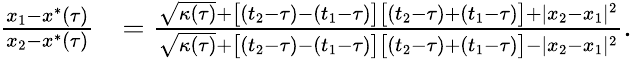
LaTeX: \begin{array}{rl}{\frac{x_{1}-x^{*}(\tau)}{x_{2}-x^{*}(\tau)}}&{=\frac{\sqrt{\kappa(\tau)}+\big[(t_{2}-\tau)-(t_{1}-\tau)\big]\big[(t_{2}-\tau)+(t_{1}-\tau)\big]+|x_{2}-x_{1}|^{2}}{\sqrt{\kappa(\tau)}+\big[(t_{2}-\tau)-(t_{1}-\tau)\big]\big[(t_{2}-\tau)+(t_{1}-\tau)\big]-|x_{2}-x_{1}|^{2}}.}\end{array}